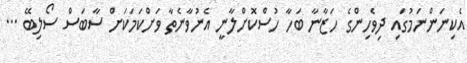
އެކިނަންނަމުގައި ދިވެހިންގެ ހަޒާނާ ބަހާ ހުސްކޮށްލާނީ އެނުވާނެތާ ވަށްކަމަކަށް ސާބަސް ސޯލިބޭ ...